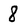
Character: 8